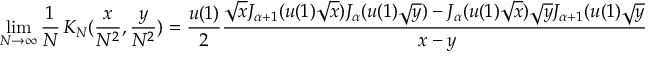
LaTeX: \operatorname * { l i m } _ { N \rightarrow \infty } \frac 1 N \, K _ { N } ( \frac { x } { N ^ { 2 } } , \frac { y } { N ^ { 2 } } ) = \frac { u ( 1 ) } { 2 } \frac { \sqrt { x } J _ { \alpha + 1 } ( u ( 1 ) \sqrt { x } ) J _ { \alpha } ( u ( 1 ) \sqrt { y } ) - J _ { \alpha } ( u ( 1 ) \sqrt { x } ) \sqrt { y } J _ { \alpha + 1 } ( u ( 1 ) \sqrt { y } ) } { x - y } .